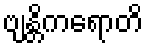
ဗျန္တိကရောတိ